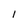
Character: l